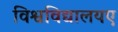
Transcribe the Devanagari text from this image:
विश्वविद्यालयए